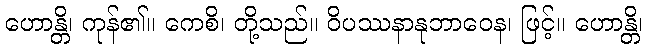
ဟောန္တိ၊ ကုန်၏။ ကေစိ၊ တို့သည်။ ဝိပဿနာနုဘာဝေန၊ ဖြင့်။ ဟောန္တိ၊